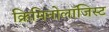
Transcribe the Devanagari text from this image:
क्रिमिनोलॉजिस्ट